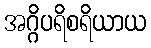
အဂ္ဂိပရိစရိယာယ